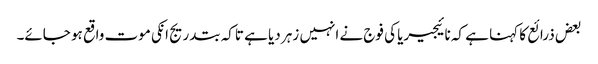
بعض ذرائع کا کہنا ہے کہ نائیجیریا کی فوج نے انہیں زہر دیا ہے تاکہ بتدریج انکی موت واقع ہو جائے۔